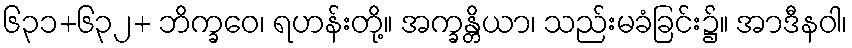
၆၃၁+၆၃၂+ ဘိက္ခဝေ၊ ရဟန်းတို့။ အက္ခန္တိယာ၊ သည်းမခံခြင်း၌။ အာဒီနဝါ၊